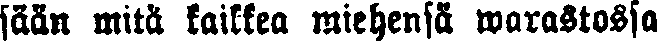
sään mitä kaikkea miehensä warastossa